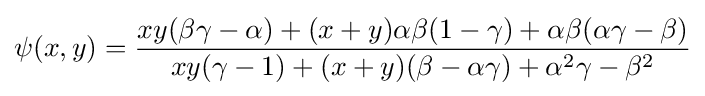
\psi (x,y)={\dfrac {xy(\beta \gamma -\alpha )+(x+y)\alpha \beta (1-\gamma )+\alpha \beta (\alpha \gamma -\beta )}{xy(\gamma -1)+(x+y)(\beta -\alpha \gamma )+\alpha ^{2}\gamma -\beta ^{2}}}